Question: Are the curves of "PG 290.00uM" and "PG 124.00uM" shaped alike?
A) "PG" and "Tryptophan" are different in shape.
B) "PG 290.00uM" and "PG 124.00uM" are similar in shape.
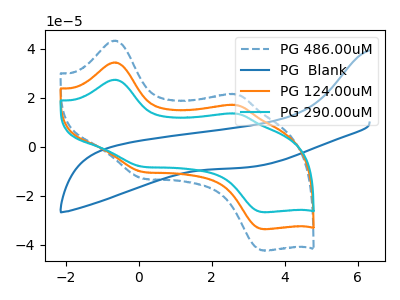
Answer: <think>The blue dashed curve "PG 486.00uM" has anodic peaks at (-0.70V, 68.70uA) (2.65V, 33.95uA) and cathodic peaks at (0.05V, -20.40uA) (3.40V, -67.25uA). The blue curve "PG  Blank" has no peaks. The orange curve "PG 124.00uM" has anodic peaks at (-0.70V, 34.35uA) (2.65V, 16.95uA) and cathodic peaks at (0.05V, -10.20uA) (3.40V, -33.65uA). The cyan curve "PG 290.00uM" has anodic peaks at (-0.70V, 27.30uA) (2.65V, 13.50uA) and cathodic peaks at (0.05V, -8.10uA) (3.40V, -26.70uA).
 All the peaks in "PG 290.00uM" have a peak in "PG 124.00uM" at the same potential. Every peak in "PG 290.00uM" is lower than every peak in "PG 124.00uM".</think>
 <answer>B) "PG 290.00uM" and "PG 124.00uM" are similar in shape.</answer>
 <eval>B</eval>